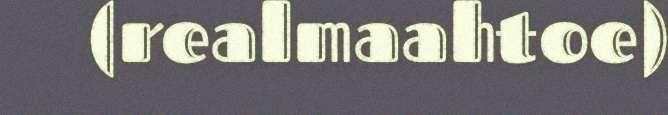
(realmaahtoe)